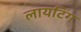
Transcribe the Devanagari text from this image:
लायटिंग